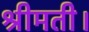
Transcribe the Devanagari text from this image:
श्रीमती।